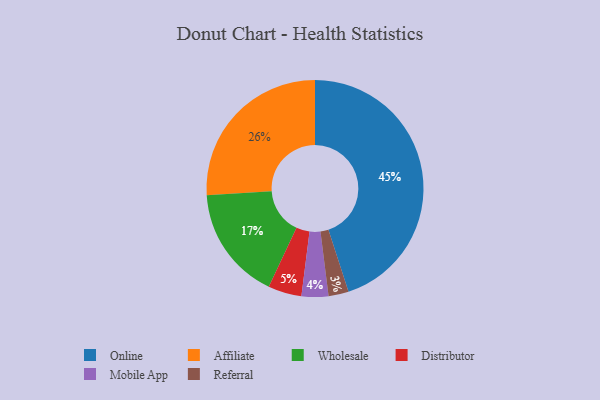
{"axis": {"x": "Category", "y": "Percentage"}, "legend": ["Affiliate", "Distributor", "Mobile App", "Online", "Referral", "Wholesale"], "data": [{"x": "Affiliate", "y": 26, "type": "Affiliate"}, {"x": "Wholesale", "y": 17, "type": "Wholesale"}, {"x": "Mobile App", "y": 4, "type": "Mobile App"}, {"x": "Online", "y": 45, "type": "Online"}, {"x": "Referral", "y": 3, "type": "Referral"}, {"x": "Distributor", "y": 5, "type": "Distributor"}]}